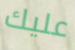
عليك